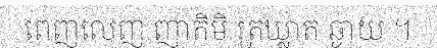
ពេញលេញ ញាតិមិ ត្រឃ្លាត ឆ្ងាយ ។